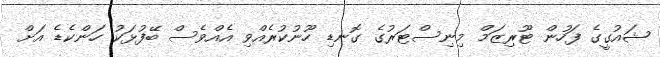
ޝައުގީގެ ފަހުން ޓޫރިޒަމް މިނިސްޓަރުގެ ގޮނޑި ހޫނުކުރެއްވި އެއްވެސް ބޭފުޅަކު ހަންކެޑެ އަށް